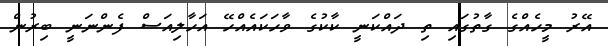
އޭރު މީހެއްގެ ގާތުގައި ތި ދައްކަނީ ކާކުގެ ވާހަކައެއްހޭ އަހާލިއަސް ފެންނަނީ ބިރުން